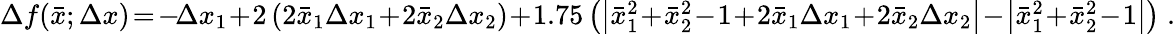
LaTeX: \begin{array}{r}{\Delta f(\bar{x};\Delta x)\! =\! -\! \Delta x_{1}\! +\! 2\left(2\bar{x}_{1}\Delta x_{1}\! +\! 2\bar{x}_{2}\Delta x_{2}\right)\! +\! 1.75\left(\left|\bar{x}_{1}^{2}\! +\! \bar{x}_{2}^{2}\! -\! 1\! +\! 2\bar{x}_{1}\Delta x_{1}\! +\! 2\bar{x}_{2}\Delta x_{2}\right|\! -\! \left|\bar{x}_{1}^{2}\! +\! \bar{x}_{2}^{2}\! -\! 1\right|\right)\; .}\end{array}